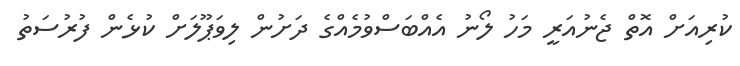
ކުރިއަށް އޮތް ޖެނުއަރީ މަހު ލޯނު އެއްބަސްވުމެއްގެ ދަށުން ލިވަޕޫލަށް ކުޅެން ފުރުސަތު